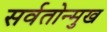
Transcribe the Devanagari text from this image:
सर्वतोन्मुख